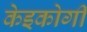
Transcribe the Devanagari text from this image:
केइकोगी